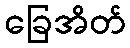
ခြေအိတ်